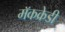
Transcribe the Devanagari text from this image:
मॅकक्रेडी